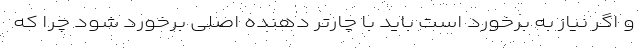
و اگر نیاز به برخورد است باید با چارتر دهنده اصلی برخورد شود چرا که